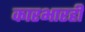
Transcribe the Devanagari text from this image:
कारभारही